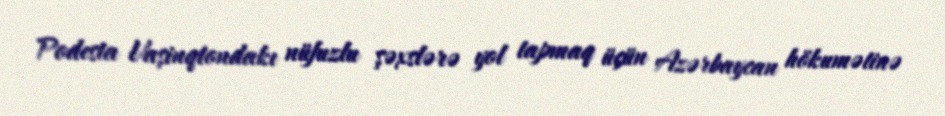
Podesta Vaşinqtondakı nüfuzlu şəxslərə yol tapmaq üçün Azərbaycan hökumətinə